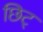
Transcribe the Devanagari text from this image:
छिट्